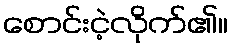
စောင်းငဲ့လိုက်၏။